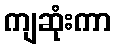
ကျဆုံးကာ